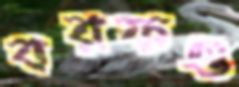
বরফও